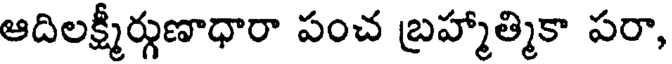
ఆదిలక్ష్మీర్గుణాధారా పంచ బ్రహ్మాత్మికా పరా,